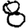
Digit: 8